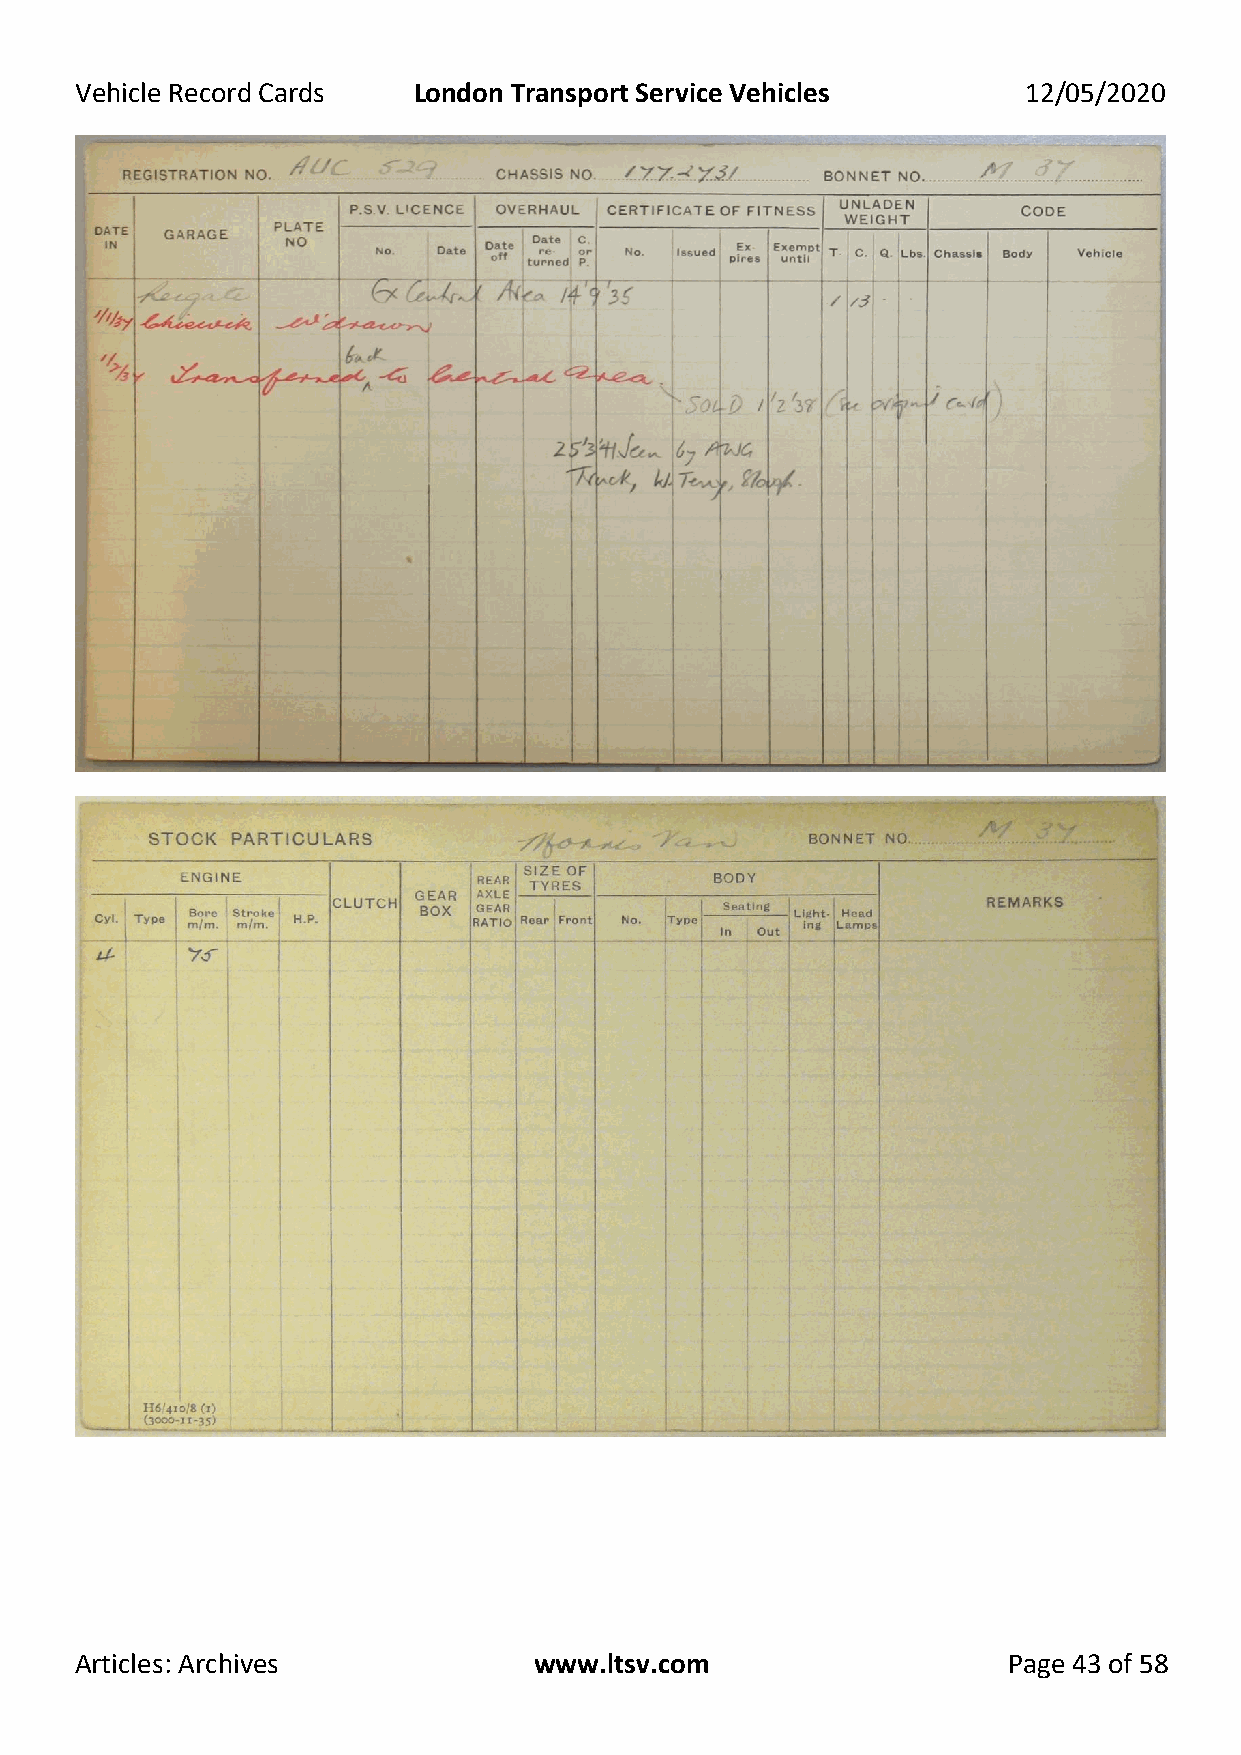
Vehicle Record Cards  London Transport Service Vehicles        12/05/2020
 Articles: Archives            www.ltsv.com                    Page 43 of 58